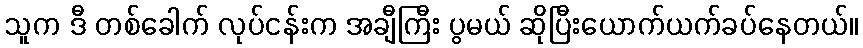
သူက ဒီ တစ်ခေါက် လုပ်ငန်းက အချီကြီး ပွမယ် ဆိုပြီးယောက်ယက်ခပ်နေတယ်။